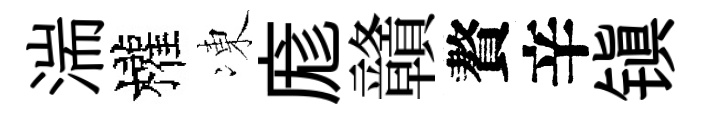
湍權凍庬贛贅辛镇